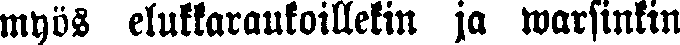
myös elukkaraukoillekin jo warsinkin